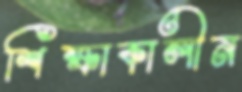
শিক্ষাকালীন